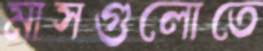
মাসগুলোতে